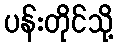
ပန်းတိုင်သို့